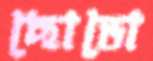
ছোডো